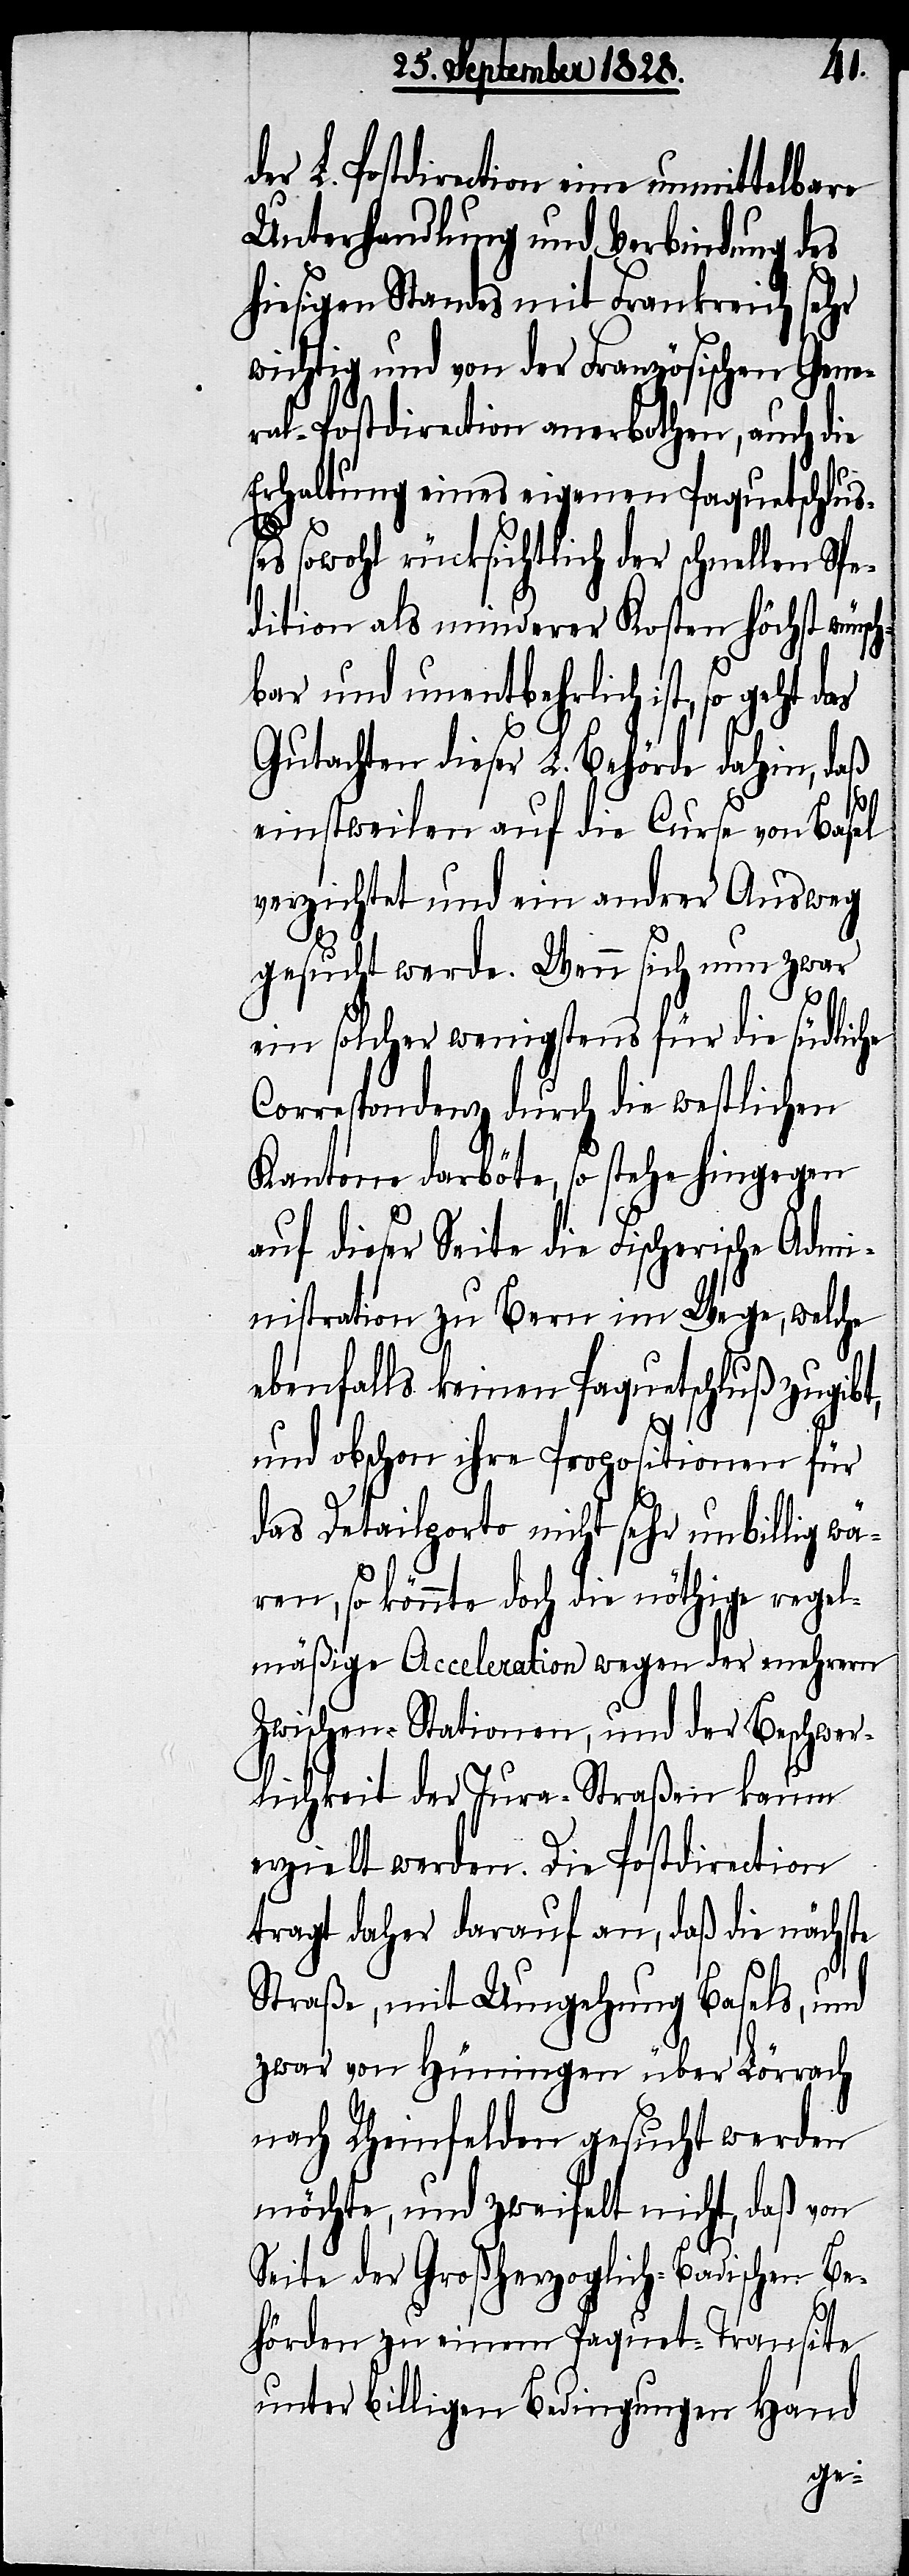
der L. Postdirection eine unmittelbare
Unterhandlung und Verbindung des
hiesigen Standes mit Frankreich sehr
wichtig und von der Französischen Gene¬
ral-Postdirection anerbothen, auch die
Erhaltung eines eigenen Paquetschluß¬
es sowohl rücksichtlich der schnellen Spe¬
dition als minderer Kosten höchst wüns¬
bar und unentbehrlich ist, so geht
Gutachten dieser L. Behörde dahin, daß
einstweilen auf die Curse von Basel
verzichtet und ein andrer Ausweg
gesucht werde. Wenn sich nun zwar
ein solcher wenigstens für die südliche
Correspondenz durch die westlichen
Kantone darböte, so stehe hingegen
auf dieser Seite die Fischerische Admi¬
nistration zu Bern im Wege, welche
ebenfalls keinen Paquetschluß zugibt,
und obschon ihre Propositionen für
das Detailporto nicht sehr unbillig wä¬
ren, so könnte doch die nöthige regel¬
mäßige Acceleration wegen der mehrern
Zwischen-Stationen, und der Beschwer¬
lichkeit der Jura-Straßen kaum
erzielt werden. Die Postdirection
tragt daher darauf an, daß die nächste
Straße, mit Umgehung Basels, und
zwar von Hüningen über Lörrach
nach Rheinfelden gesucht werden
möchte, und zweifelt nicht, daß von
Seite der Großherzoglich-Badischen Be¬
hörden zu einem Paquet-Transite
unter billigen Bedingungen Hand
ch¬